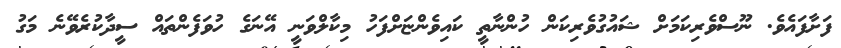
ފަށާފައެވެ. ނޫސްވެރިކަމަށް ޝައުގުވެރިކަން ހުންނާތީ ކައިވެންޏަށްފަހު މިކާލްވަނީ އޭނަގެ ހުވަފެންތައް ސީދާކުރެވޭނެ މަގު